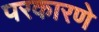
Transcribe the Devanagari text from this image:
परकारणे